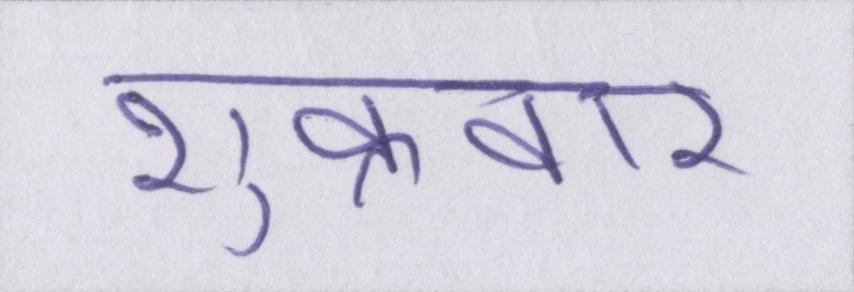
शुक्रवार